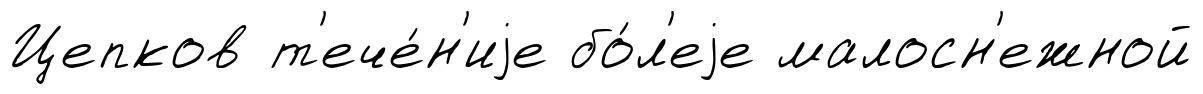
Цепков т'ече́н'иjе бо́л'еjе малосн'ежной